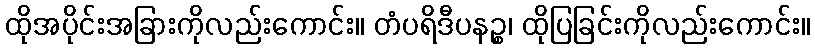
ထိုအပိုင်းအခြားကိုလည်းကောင်း။ တံပရိဒီပနဉ္စ၊ ထိုပြခြင်းကိုလည်းကောင်း။